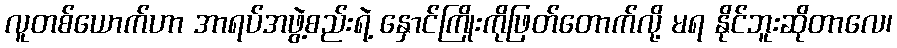
လူတစ်ယောက်ဟာ အာရပ်အဖွဲ့စည်းရဲ့ နှောင်ကြိုးကိုဖြတ်တောက်လို့ မရ နိုင်ဘူးဆိုတာလေ၊